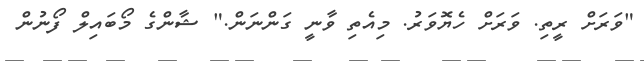
"ވަރަށް ރީތި. ވަރަށް ހެޔޮވަރު. މިއެތި ވާނީ ގަންނަން." ޝާންގެ މޯބައިލް ފޯނުން